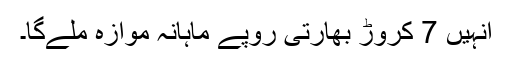
انہیں 7 کروڑ بھارتی روپے ماہانہ موازہ ملےگا۔